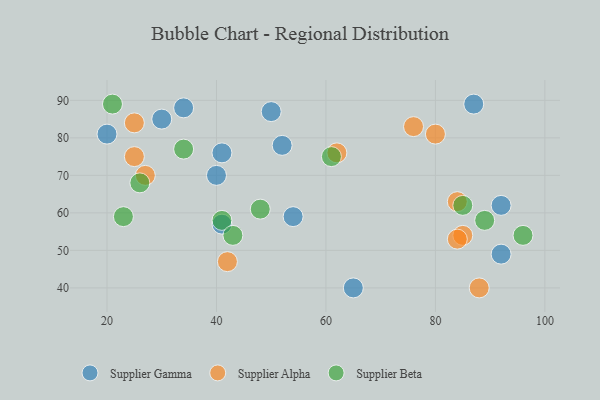
{"axis": {"x": "GDP", "y": "Life Expectancy"}, "legend": ["Supplier Alpha", "Supplier Beta", "Supplier Gamma"], "data": [{"x": "87", "y": 89, "type": "Supplier Gamma"}, {"x": "54", "y": 59, "type": "Supplier Gamma"}, {"x": "50", "y": 87, "type": "Supplier Gamma"}, {"x": "30", "y": 85, "type": "Supplier Gamma"}, {"x": "41", "y": 76, "type": "Supplier Gamma"}, {"x": "92", "y": 62, "type": "Supplier Gamma"}, {"x": "52", "y": 78, "type": "Supplier Gamma"}, {"x": "20", "y": 81, "type": "Supplier Gamma"}, {"x": "34", "y": 88, "type": "Supplier Gamma"}, {"x": "40", "y": 70, "type": "Supplier Gamma"}, {"x": "65", "y": 40, "type": "Supplier Gamma"}, {"x": "92", "y": 49, "type": "Supplier Gamma"}, {"x": "41", "y": 57, "type": "Supplier Gamma"}, {"x": "27", "y": 70, "type": "Supplier Alpha"}, {"x": "62", "y": 76, "type": "Supplier Alpha"}, {"x": "85", "y": 54, "type": "Supplier Alpha"}, {"x": "42", "y": 47, "type": "Supplier Alpha"}, {"x": "84", "y": 63, "type": "Supplier Alpha"}, {"x": "84", "y": 53, "type": "Supplier Alpha"}, {"x": "88", "y": 40, "type": "Supplier Alpha"}, {"x": "80", "y": 81, "type": "Supplier Alpha"}, {"x": "25", "y": 84, "type": "Supplier Alpha"}, {"x": "76", "y": 83, "type": "Supplier Alpha"}, {"x": "25", "y": 75, "type": "Supplier Alpha"}, {"x": "21", "y": 89, "type": "Supplier Beta"}, {"x": "85", "y": 62, "type": "Supplier Beta"}, {"x": "89", "y": 58, "type": "Supplier Beta"}, {"x": "61", "y": 75, "type": "Supplier Beta"}, {"x": "34", "y": 77, "type": "Supplier Beta"}, {"x": "41", "y": 58, "type": "Supplier Beta"}, {"x": "48", "y": 61, "type": "Supplier Beta"}, {"x": "96", "y": 54, "type": "Supplier Beta"}, {"x": "43", "y": 54, "type": "Supplier Beta"}, {"x": "26", "y": 68, "type": "Supplier Beta"}, {"x": "23", "y": 59, "type": "Supplier Beta"}]}